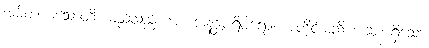
အမိတယသောတိ၊ မည်သည်ကား။ အနန္တပရိဝါရော၊ အတိုင်းမသိ အဆုံးမရှိသော